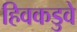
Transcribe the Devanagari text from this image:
हिवकडुवे